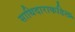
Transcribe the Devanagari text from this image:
साथिदाराकडिल